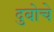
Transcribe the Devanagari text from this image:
दुबोचे